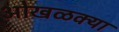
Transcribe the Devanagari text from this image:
ओखळक्या